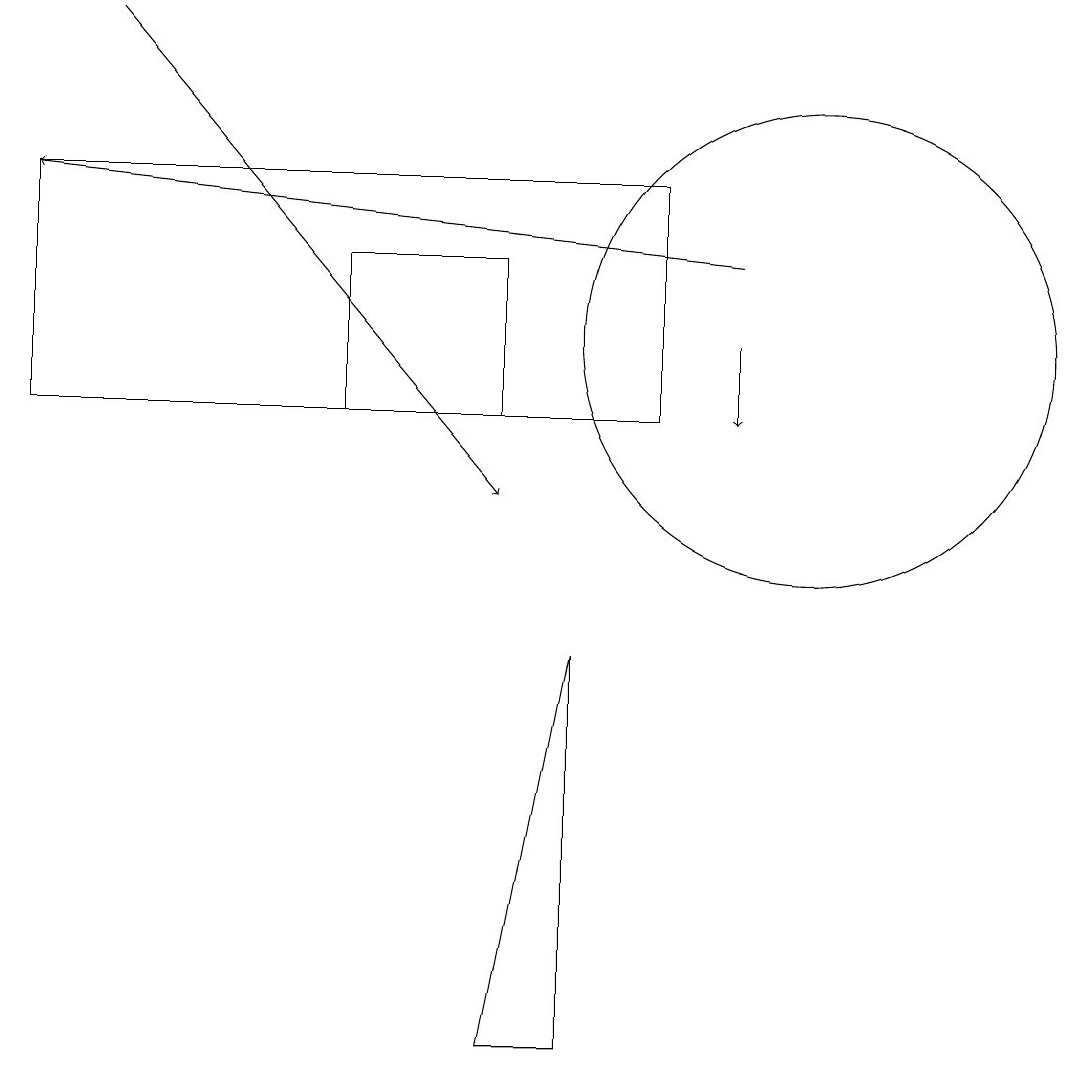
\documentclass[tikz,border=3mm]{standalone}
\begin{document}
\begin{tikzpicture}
\draw (4,11) rectangle (6,13);
\draw[->] (9,12) -- (9,11);
\draw (7,3) -- (6,3) -- (7,8) -- cycle;
\draw[->] (9,13) -- (0,14);
\draw (10,12) circle (3);
\draw (0,14) rectangle (8,11);
\draw[->] (1,16) -- (6,10);
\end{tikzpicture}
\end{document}